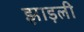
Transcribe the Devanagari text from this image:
झाड़ली